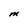
Character: M